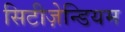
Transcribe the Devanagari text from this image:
सिटीज़ेन्डियम